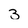
Character: 3